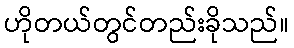
ဟိုတယ်တွင်တည်းခိုသည်။